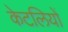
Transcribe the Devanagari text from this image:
केटलियों